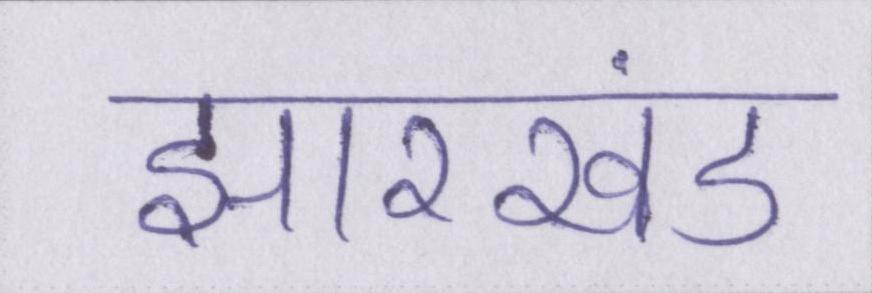
झारखंड